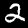
Digit: 2